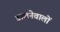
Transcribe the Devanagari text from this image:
डालनेवालों